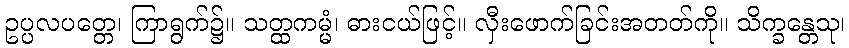
ဥပ္ပလပတ္တေ၊ ကြာရွက်၌။ သတ္ထကမ္မံ၊ ဓားငယ်ဖြင့်။ လှီးဖောက်ခြင်းအတတ်ကို။ သိက္ခန္တေသု၊